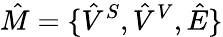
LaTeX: \hat{M}={\{ \hat{V}^{S},\hat{V}^{V}},\hat{E}\}